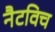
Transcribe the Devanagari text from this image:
नैटविच